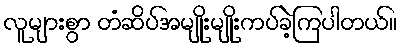
လူများစွာ တံဆိပ်အမျိုးမျိုးကပ်ခဲ့ကြပါတယ်။